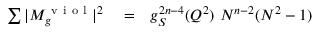
\begin{array} { r l r } { \sum \vert M _ { g } ^ { \mathrm { ~ v ~ i ~ o ~ l ~ } } \vert ^ { 2 } } & { { } = } & { g _ { S } ^ { 2 n - 4 } ( Q ^ { 2 } ) ~ N ^ { n - 2 } ( N ^ { 2 } - 1 ) } \end{array}